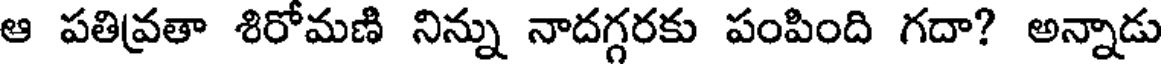
ఆ పతివ్రతా శిరోమణి నిన్ను నాదగ్గరకు పంపింది గదా? అన్నాడు